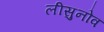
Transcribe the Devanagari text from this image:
लीसुनोव